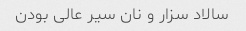
سالاد سزار و نان سیر عالی بودن